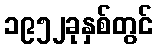
၁၉၅၂ခုနှစ်တွင်